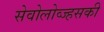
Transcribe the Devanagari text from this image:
सेवोलोव्ज्हसकी